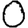
Digit: 0